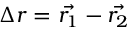
\Delta r = \Vec { { r } _ { 1 } } - \Vec { { r } _ { 2 } }